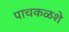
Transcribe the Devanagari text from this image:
पाचकळशे